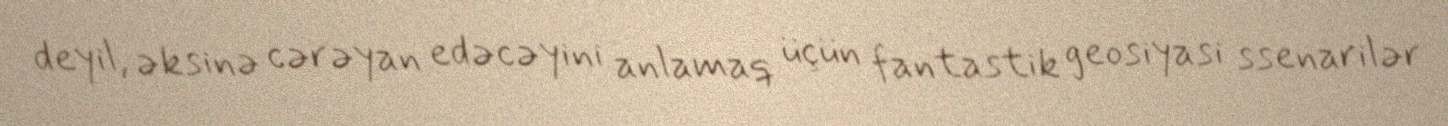
deyil, əksinə cərəyan edəcəyini anlamaq üçün fantastik geosiyasi ssenarilər